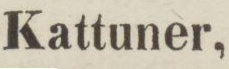
Kattuner,